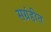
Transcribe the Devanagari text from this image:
सग्रंहीत